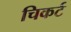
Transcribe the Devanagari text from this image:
चिकर्ट